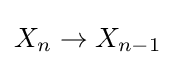
X_{n}\to X_{n-1}